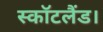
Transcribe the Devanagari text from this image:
स्कॉटलैंड।